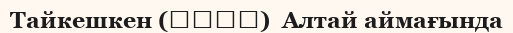
Тайкешкен (塔克什肯)  Алтай аймағында